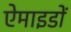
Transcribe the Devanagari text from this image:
ऐमाइडों